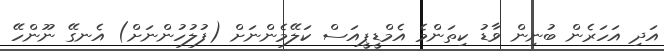
އަދި އަހަރެން ބުނިން ވާޑު ކިތަންމެ އެމްޑީޕީއަސް ކަލޭމެންނަށް (ފުލުހުންނަށް) އެނގޭ ނޫންހޭ